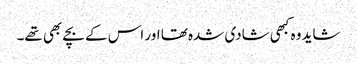
شاید وہ کبھی شادی شدہ تھا اور اس کے بچے بھی تھے۔